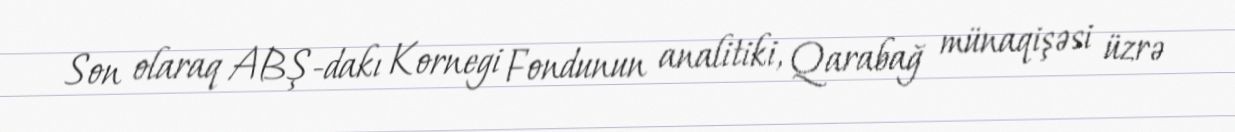
Son olaraq ABŞ-dakı Kornegi Fondunun analitiki, Qarabağ münaqişəsi üzrə